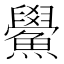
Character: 鱟